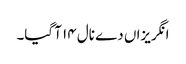
انگریزاں دے نال ١٤ آ گیا۔